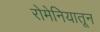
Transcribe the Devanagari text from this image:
रोमेनियातून